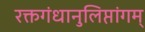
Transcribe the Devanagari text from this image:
रक्तगंधानुलिप्तांगम्